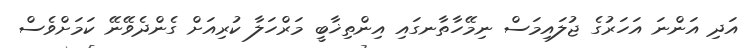
އަދި އަންނަ އަހަރުގެ ޖުލައިމަސް ނިމޭހާތާނގައި އިންތިޚާބީ މަރްހަލާ ކުރިއަށް ގެންދެވޭނޭ ކަމަށްވެސް